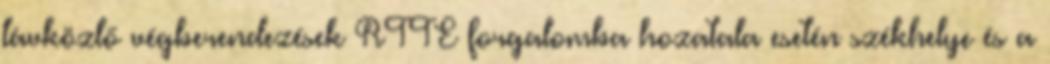
távközlő végberendezések RTTE forgalomba hozatala esetén székhelye és a